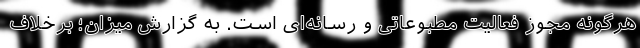
هرگونه مجوز فعالیت مطبوعاتی و رسانه‌ای است. به گزارش میزان؛ برخلاف